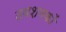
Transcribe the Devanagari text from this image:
उपशमकों